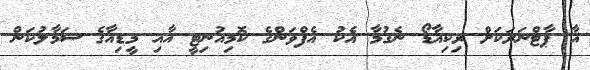
އާ ޕާޓްނަރަކަށް ރިކިއާޑޯ ނެގުމާ އެކު އެފްވަންގެ ކޮމިއުނިޓީ އާއި މީޑިއާގެ ސަމާލުކަން